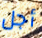
أجل